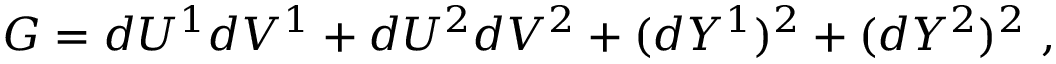
G = d U ^ { 1 } d V ^ { 1 } + d U ^ { 2 } d V ^ { 2 } + ( d Y ^ { 1 } ) ^ { 2 } + ( d Y ^ { 2 } ) ^ { 2 } ~ ,